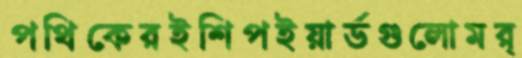
পথিকেরইশিপইয়ার্ডগুলোমর্